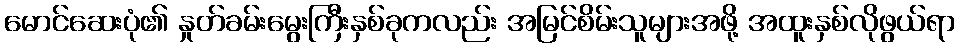
မောင်ဆေးပုံ၏ နှုတ်ခမ်းမွေးကြီးနှစ်ခုကလည်း အမြင်စိမ်းသူများအဖို့ အထူးနှစ်လိုဖွယ်ရာ